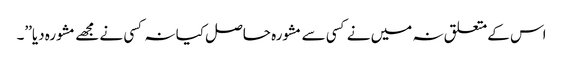
اس کےمتعلق نہ میں نے کسی سے مشورہ حاصل کیا نہ کسی نے مجھے مشورہ دیا’’۔